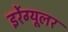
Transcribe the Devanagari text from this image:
इर्रेग्यूलर